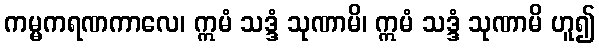
ကမ္မကရဏကာလေ၊ ဣမံ သဒ္ဒံ သုဏာမိ၊ ဣမံ သဒ္ဒံ သုဏာမိ ဟူ၍